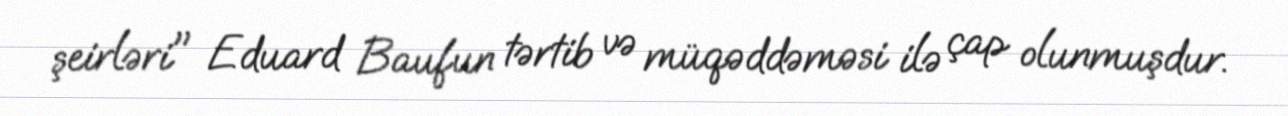
şeirləri" Eduard Baufun tərtib və müqəddəməsi ilə çap olunmuşdur.